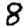
Digit: 8